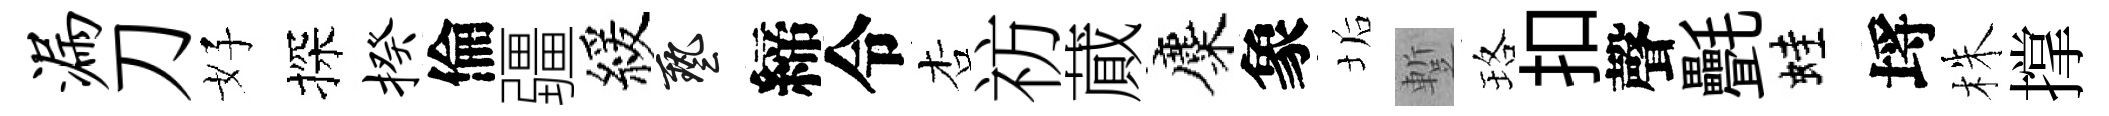
漏刀好探揆倫疆緩藝締令杏祊蕆麋象垢蹔珞扣聲㲲蛙埓株撑